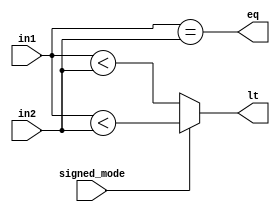
module comparator(
    input wire [15:0] in1,
    input wire [15:0] in2,
    input wire signed_mode,
    output wire eq,
    output wire lt);

wire signed [15:0] in1s = in1;
wire signed [15:0] in2s = in2;

assign eq = in1 == in2;

assign lt = signed_mode ?
                in1s < in2s :
                in1 < in2;

endmodule // comparator